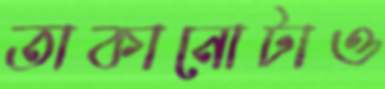
তাকানোটাও